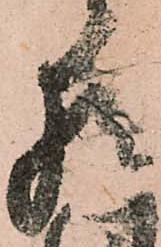
猶